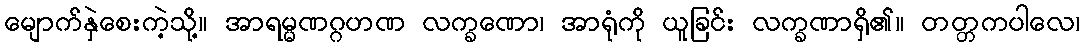
မျောက်နှဲစေးကဲ့သို့။ အာရမ္မဏဂ္ဂဟဏ လက္ခဏော၊ အာရုံကို ယူခြင်း လက္ခဏာရှိ၏။ တတ္တကပါလေ၊